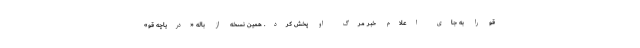
قو را به جای اعلام خبر مرگ او پخش کرد. همین نسخه از باله «دریاچه قو»